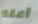
أعلم